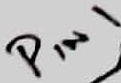
Text: PIN1